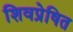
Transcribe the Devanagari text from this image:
शिवप्रेषित